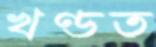
খণ্ডত